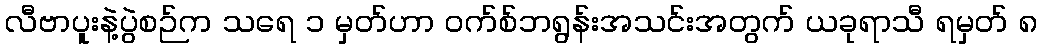
လီဗာပူးနဲ့ပွဲစဉ်က သရေ ၁ မှတ်ဟာ ဝက်စ်ဘရွန်းအသင်းအတွက် ယခုရာသီ ရမှတ် ၈